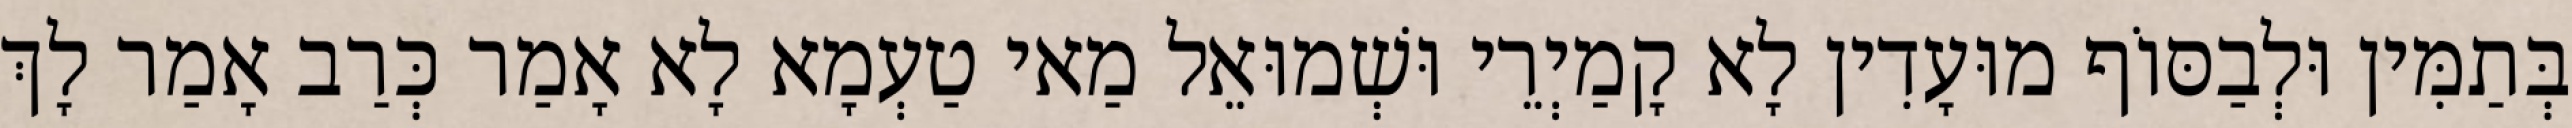
בְּתַמִּין וּלְבַסּוֹף מוּעָדִין לָא קָמַיְרֵי וּשְׁמוּאֵל מַאי טַעְמָא לָא אָמַר כְּרַב אָמַר לָךְ